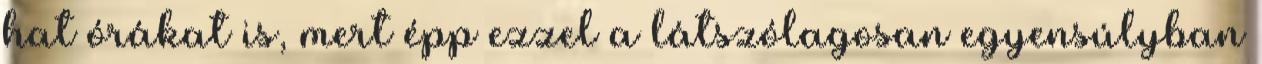
hat órákat is, mert épp ezzel a látszólagosan egyensúlyban